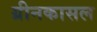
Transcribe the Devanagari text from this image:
ग्रीनकासल